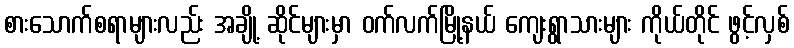
စားသောက်စရာများလည်း အချို့ ဆိုင်များမှာ ဝက်လက်မြို့နယ် ကျေးရွာသားများ ကိုယ်တိုင် ဖွင့်လှစ်